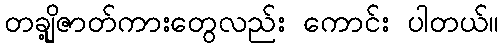
တချို့ဇာတ်ကားတွေလည်း ကောင်း ပါတယ်။